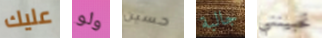
عليك ولو حسين جالبة تحبينني